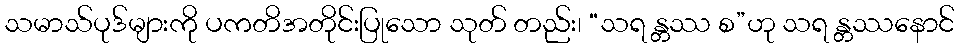
သမာသ်ပုဒ်များကို ပကတိအတိုင်းပြုသော သုတ် တည်း၊ “သရ န္တဿ စ”ဟု သရ န္တဿနောင်